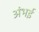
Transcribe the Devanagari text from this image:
अंभई